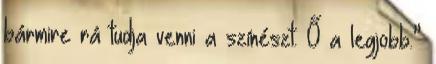
bármire rá tudja venni a színészt. Ő a legjobb.”